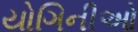
યોગિનીઓ